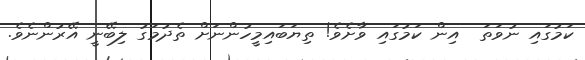
ކަމުގައި ނުވަތަ  އިން ކަމުގައި ވާށެވެ! ތިޔަބައިމީހުންނަށް ތެދުމަގު ލިބޭނީ އޭރުންނެވެ.